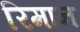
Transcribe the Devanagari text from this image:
रिमान